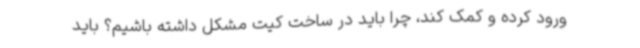
ورود کرده و کمک کند، چرا باید در ساخت کیت مشکل داشته باشیم؟ باید